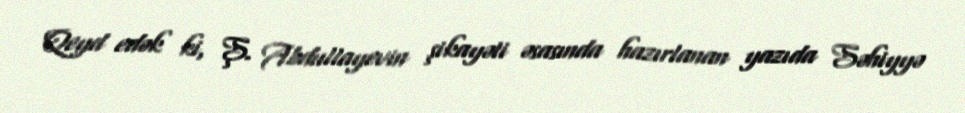
Qeyd edək ki, Ş. Abdullayevin şikayəti əsasında hazırlanan yazıda Səhiyyə